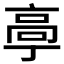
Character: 𱅴